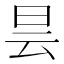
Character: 昙